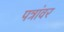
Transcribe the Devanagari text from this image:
पत्रांवर